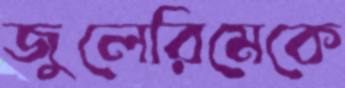
জুলেরিমেকে